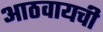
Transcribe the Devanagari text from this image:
आठवायची